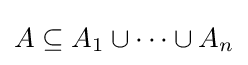
A\subseteq A_{1}\cup \cdots \cup A_{n}